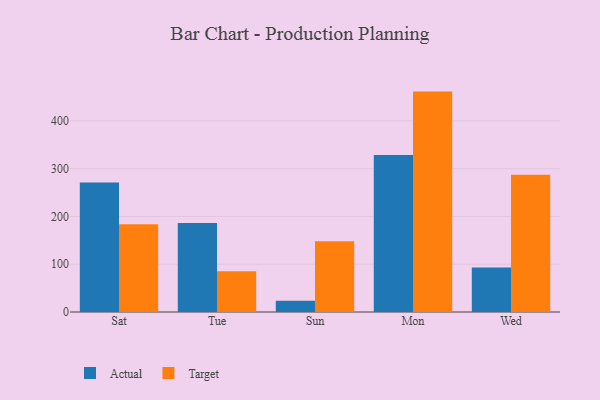
{"axis": {"x": "Day", "y": "Page Views"}, "legend": ["Actual", "Target"], "data": [{"x": "Sat", "y": 270.9, "type": "Actual"}, {"x": "Sat", "y": 183.7, "type": "Target"}, {"x": "Tue", "y": 186.1, "type": "Actual"}, {"x": "Tue", "y": 85.3, "type": "Target"}, {"x": "Sun", "y": 23.5, "type": "Actual"}, {"x": "Sun", "y": 147.8, "type": "Target"}, {"x": "Mon", "y": 328.3, "type": "Actual"}, {"x": "Mon", "y": 461.2, "type": "Target"}, {"x": "Wed", "y": 93.1, "type": "Actual"}, {"x": "Wed", "y": 287.2, "type": "Target"}]}